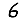
Digit: 6